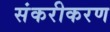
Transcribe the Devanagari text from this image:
संकरीकरण